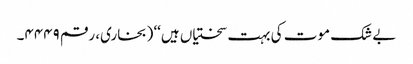
بے شک موت کی بہت سختیاں ہیں‘‘ (بخاری، رقم ۴۴۴۹۔